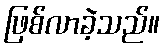
ဖြစ်လာခဲ့သည်။